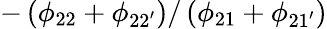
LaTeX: -\left(\phi_{22}+\phi_{22^{\prime}}\right)/\left(\phi_{21}+\phi_{21^{\prime}}\right)